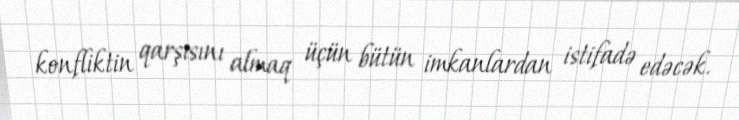
konfliktin qarşısını almaq üçün bütün imkanlardan istifadə edəcək.